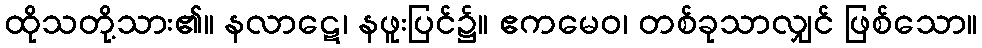
ထိုသတို့သား၏။ နလာဋေ၊ နဖူးပြင်၌။ ဧကမေဝ၊ တစ်ခုသာလျှင် ဖြစ်သော။